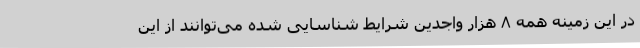
در این زمینه همه ۸ هزار واجدین شرایط شناسایی شده می‌توانند از این